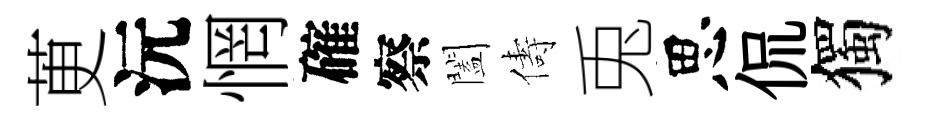
茰沅惘確察闔儔兎思侃獨